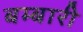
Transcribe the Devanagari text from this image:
बम्बारी